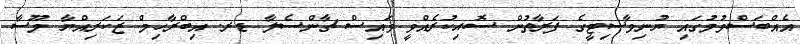
އެއްބަސްވުމުގައި ޔުނިވާސިޓީގެ ފަރާތުން ސޮއިކުރެއްވީ ވައިސް ޗާންސެލާ ޑރ. އިބްރާހިމް ޒަކަރިއްޔާ މޫސާ